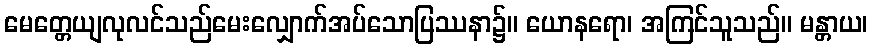
မေတ္တေယျလုလင်သည်မေးလျှောက်အပ်သောပြဿနာ၌။ ယောနရော၊ အကြင်သူသည်။ မန္တာယ၊